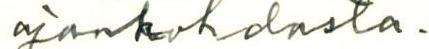
ajankohdasta.